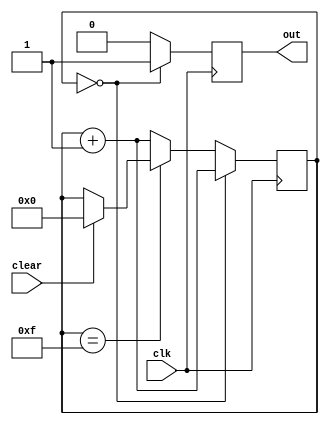
module counter_up7_NR(
    input wire clk, clear, 
    output reg out
    );
    reg [4:0] count = 4'b1111;
    always @(posedge clk) 
        begin
            if (count == 4'b000) begin
                count = count + 1;        
                out = 1;
            end else if (count == 4'b1111) begin
                if(clear) begin
                count = 3'b000;
                end
                out = 0;
            end else begin 
                count = count + 1;
                out = 0;
            end
        end
endmodule